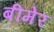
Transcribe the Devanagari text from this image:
बीमेर